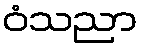
ဝံသညာ